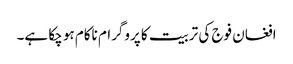
افغان فوج کی تربیت کا پروگرام ناکام ہو چکا ہے۔